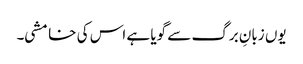
یوں زبانِ برگ سے گویا ہے اس کی خامشی۔